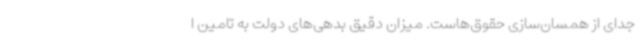
جدای از همسان‌سازی حقوق‌هاست. میزان دقیق بدهی‌های دولت به تامین ا